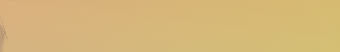
خدمات نقل الأثاث داخل الم